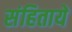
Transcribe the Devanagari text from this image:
संहितायें